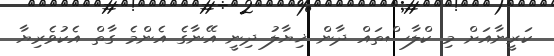
ކަރީނާއަށް މި ކްލާސްތައް ދާން ޚިޔާލު ދިނީ އޭނާގެ އެންމެ ގާތް އެކުވެރިޔާ